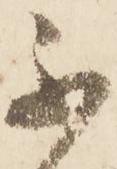
不